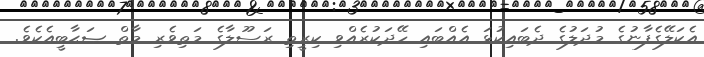
އެކަލޭގެފާނުގެ މުދަލުގެ ދެބައިކުޅަ އެއްބައި ހޭދަކުރެއްވި ކިރީތި ރަސޫލާގެ މަތިވެރި މާތް ޞަޙާބީއެކެވެ.